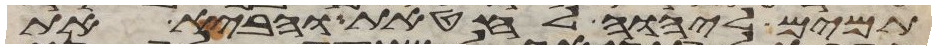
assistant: תמים ליהוה לחטאת והביא את